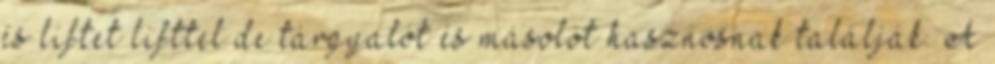
és liftet│lifttel de tárgyalót és másolót hasznosnak találják. A